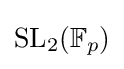
\mathrm {SL} _{2}(\mathbb {F} _{p})